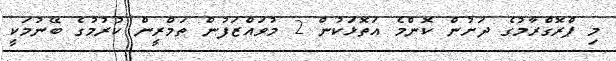
މި ޕްރޮގްރާމުގެ ދަށުން ކޮންމެ އަތޮޅަކުން 2 މުވައްޒަފުން ތަމްރީން ކުރުމުގެ ބޭނުމަކީ